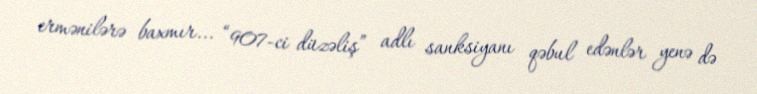
ermənilərə baxmır... “907-ci düzəliş” adlı sanksiyanı qəbul edənlər yenə də